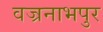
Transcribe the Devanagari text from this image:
वज्रनाभपुर